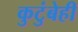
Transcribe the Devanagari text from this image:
कुटुंबेही